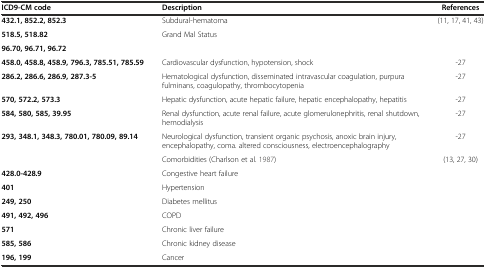
<table><thead><tr><td><b>ICD9-CM code</b></td><td><b>Description</b></td><td><b>References</b></td></tr></thead><tbody><tr><td><b>432.1, 852.2, 852.3</b></td><td>Subdural-hematoma</td><td>(11, 17, 41, 43)</td></tr><tr><td><b>518.5, 518.82</b></td><td>Grand Mal Status</td><td></td></tr><tr><td><b>96.70, 96.71, 96.72</b></td><td></td><td></td></tr><tr><td><b>458.0, 458.8, 458.9, 796.3, 785.51, 785.59</b></td><td>Cardiovascular dysfunction, hypotension, shock</td><td>-27</td></tr><tr><td><b>286.2, 286.6, 286.9, 287.3-5</b></td><td>Hematological dysfunction, disseminated intravascular coagulation, purpura fulminans, coagulopathy, thrombocytopenia</td><td>-27</td></tr><tr><td><b>570, 572.2, 573.3</b></td><td>Hepatic dysfunction, acute hepatic failure, hepatic encephalopathy, hepatitis</td><td>-27</td></tr><tr><td><b>584, 580, 585, 39.95</b></td><td>Renal dysfunction, acute renal failure, acute glomerulonephritis, renal shutdown, hemodialysis</td><td>-27</td></tr><tr><td><b>293, 348.1, 348.3, 780.01, 780.09, 89.14</b></td><td>Neurological dysfunction, transient organic psychosis, anoxic brain injury, encephalopathy, coma. altered consciousness, electroencephalography</td><td>-27</td></tr><tr><td></td><td>Comorbidities (Charlson et al.1987)</td><td>(13, 27, 30)</td></tr><tr><td><b>428.0-428.9</b></td><td>Congestive heart failure</td><td></td></tr><tr><td><b>401</b></td><td>Hypertension</td><td></td></tr><tr><td><b>249, 250</b></td><td>Diabetes mellitus</td><td></td></tr><tr><td><b>491, 492, 496</b></td><td>COPD</td><td></td></tr><tr><td><b>571</b></td><td>Chronic liver failure</td><td></td></tr><tr><td><b>585, 586</b></td><td>Chronic kidney disease</td><td></td></tr><tr><td><b>196, 199</b></td><td>Cancer</td><td></td></tr></tbody></table>